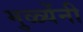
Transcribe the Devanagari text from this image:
मुळ्येंनी